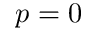
p = 0